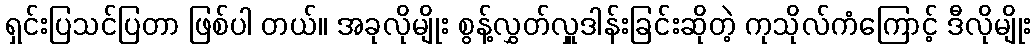
ရှင်းပြသင်ပြတာ ဖြစ်ပါ တယ်။ အခုလိုမျိုး စွန့်လွှတ်လှူဒါန်းခြင်းဆိုတဲ့ ကုသိုလ်ကံကြောင့် ဒီလိုမျိုး